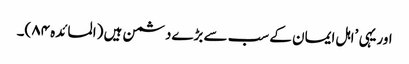
اوریہی ’اہل ایمان کے سب سے بڑےدشمن ہیں (المائدہ ۸۴)۔